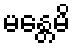
မန္တေမိ